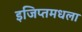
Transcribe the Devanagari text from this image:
इजिप्तमधला